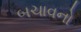
બચાવનો